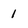
Character: 1